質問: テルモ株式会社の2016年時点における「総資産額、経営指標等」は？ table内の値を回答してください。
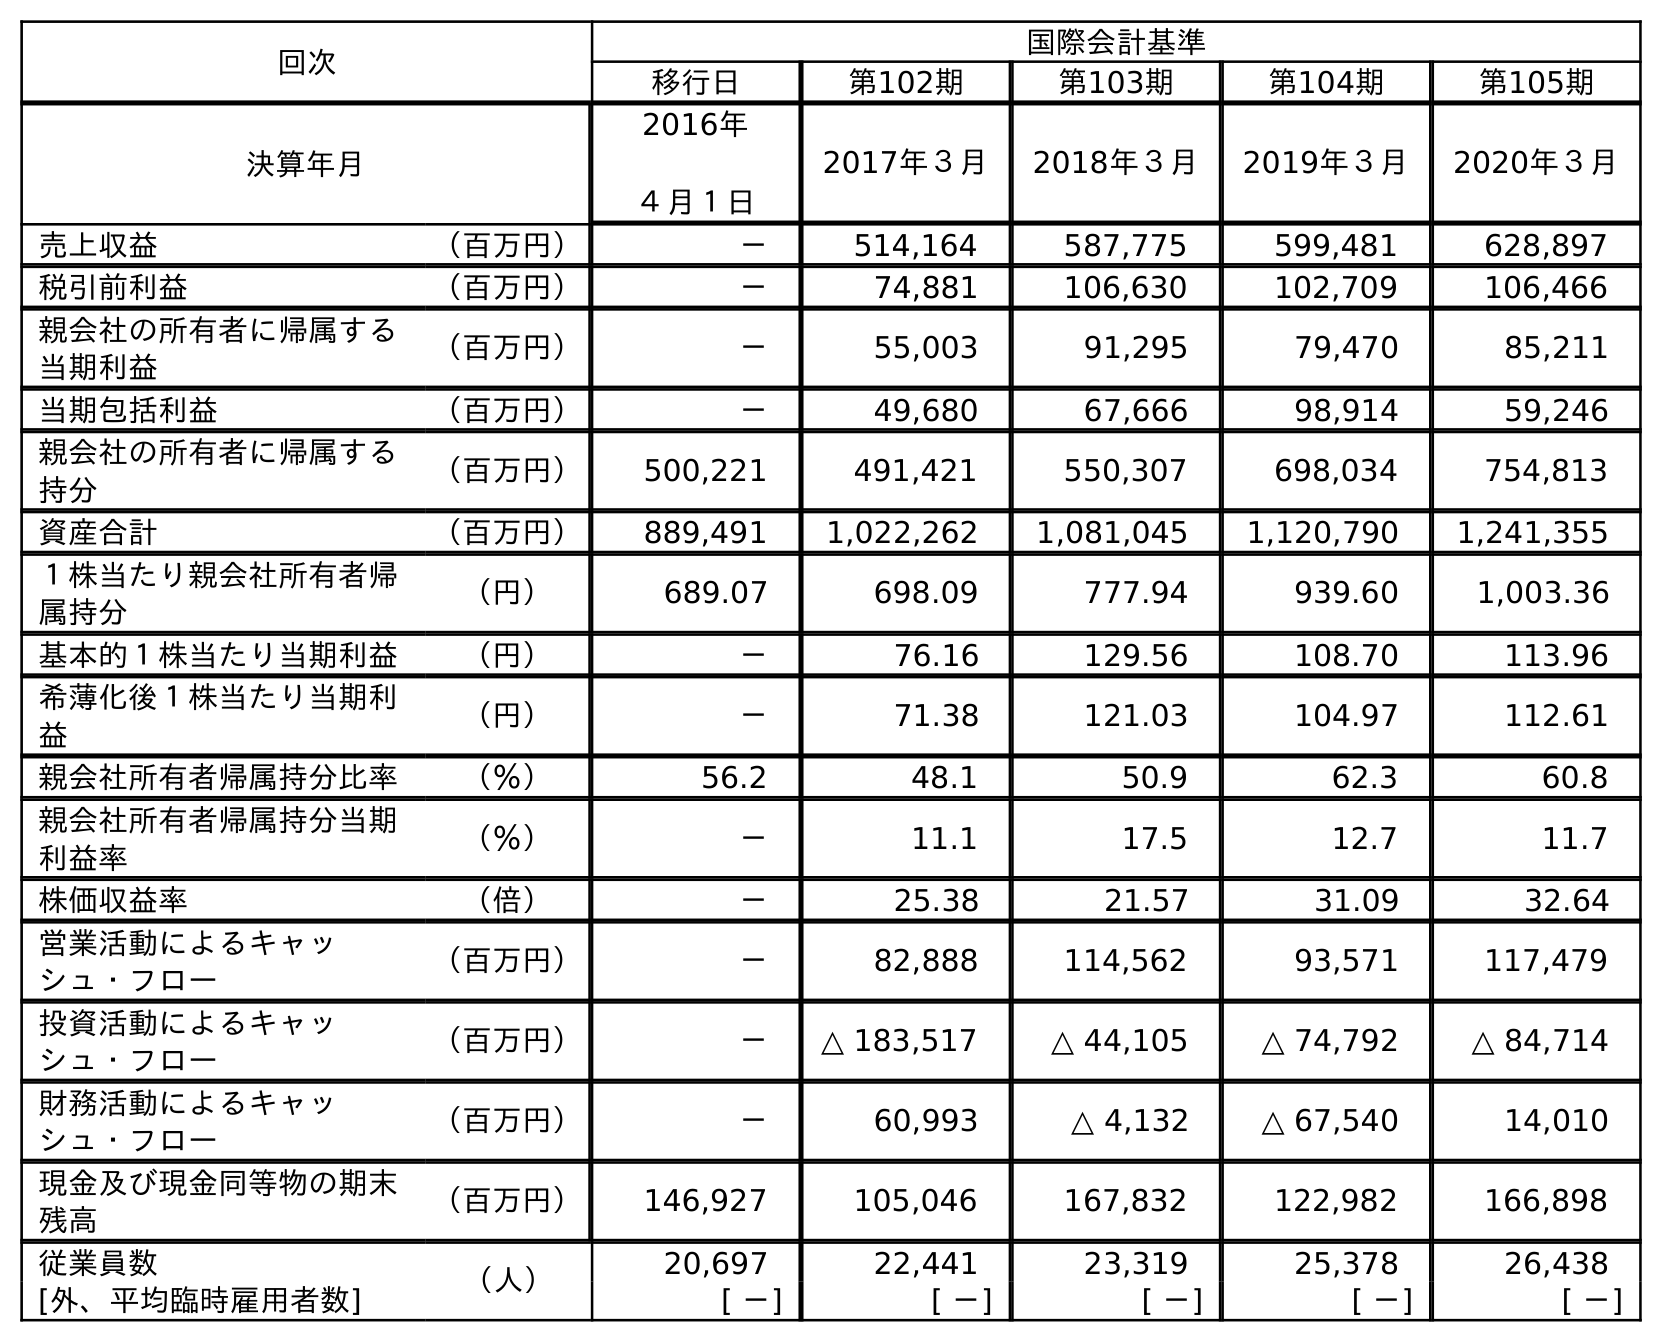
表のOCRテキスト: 回次 国際会計基準 移行日 第102期 第103期 第104期 第105期 決算年月 2016年 ４月１日 2017年３月 2018年３月 2019年３月 2020年３月 売上収益 （百万円） － 514,164 587,775 599,481 628,897 税引前利益 （百万円） － 74,881 106,630 102,709 106,466 親会社の所有者に帰属する 当期利益 （百万円） － 55,003 91,295 79,470 85,211 当期包括利益 （百万円） － 49,680 67,666 98,914 59,246 親会社の所有者に帰属する 持分 （百万円） 500,221 491,421 550,307 698,034 754,813 資産合計 （百万円） 889,491 1,022,262 1,081,045 1,120,790 1,241,355 １株当たり親会社所有者帰 属持分 （円） 689.07 698.09 777.94 939.60 1,003.36 基本的１株当たり当期利益 （円） － 76.16 129.56 108.70 113.96 希薄化後１株当たり当期利 益 （円） － 71.38 121.03 104.97 112.61 親会社所有者帰属持分比率 （％） 56.2 48.1 50.9 62.3 60.8 親会社所有者帰属持分当期 利益率 （％） － 11.1 17.5 12.7 11.7 株価収益率 （倍） － 25.38 21.57 31.09 32.64 営業活動によるキャッ シュ・フロー （百万円） － 82,888 114,562 93,571 117,479 投資活動によるキャッ シュ・フロー （百万円） － △ 183,517 △ 44,105 △ 74,792 △ 84,714 財務活動によるキャッ シュ・フロー （百万円） － 60,993 △ 4,132 △ 67,540 14,010 現金及び現金同等物の期末 残高 （百万円） 146,927 105,046 167,832 122,982 166,898 従業員数 （人） 20,697 22,441 23,319 25,378 26,438 [外、平均臨時雇用者数] [ －] [ －] [ －] [ －] [ －]
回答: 889,491